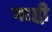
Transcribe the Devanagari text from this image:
नाही़